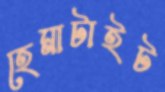
হেমাটাইট